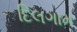
દિલગામ